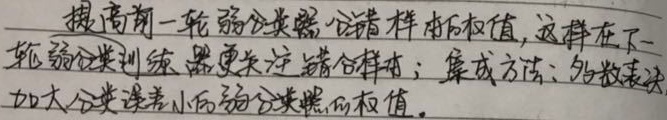
提高前一轮弱分类器分错样本的权值，这样在下一轮弱分类训练，器更关注错分样本；集成方法：多数表决，加大分类误差小的弱分类器的权值。